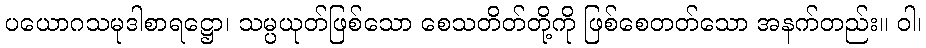
ပယောဂသမုဒါစာရဋ္ဌော၊ သမ္ပယုတ်ဖြစ်သော စေသတိတ်တို့ကို ဖြစ်စေတတ်သော အနက်တည်း။ ဝါ၊